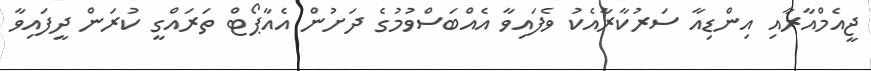
ޖީއެމްއާރާއި އިންޑިއާ ސަރުކާރާއެކު ވެފައިވާ އެއްބަސްވުމުގެ ދަށުން އެއާޕޯޓް ތަރައްގީ ކުރަން ދީފައިވާ